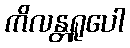
ကိလန္တရူပေါ